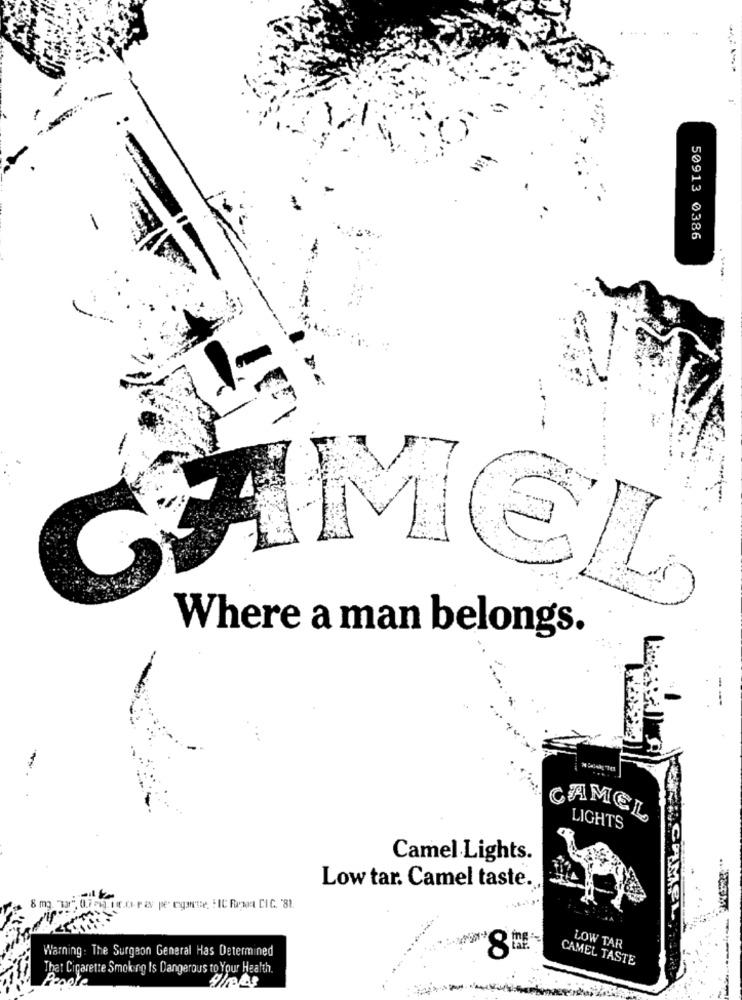
50913 0386
CAMEL
Where a man belongs.
CAMEL
LIGHTS
Camel Lights.
Low tar. Camel taste.
8 mg "131
Warning : The Surgeon General Has Determined
LOW TAR
CAMEL TASTE
That Cigarette Smoking Is Dangerous to Your Health.